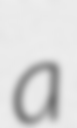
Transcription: a